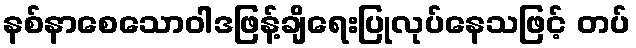
နစ်နာစေသောဝါဒဖြန့်ချိရေးပြုလုပ်နေသဖြင့် တပ်